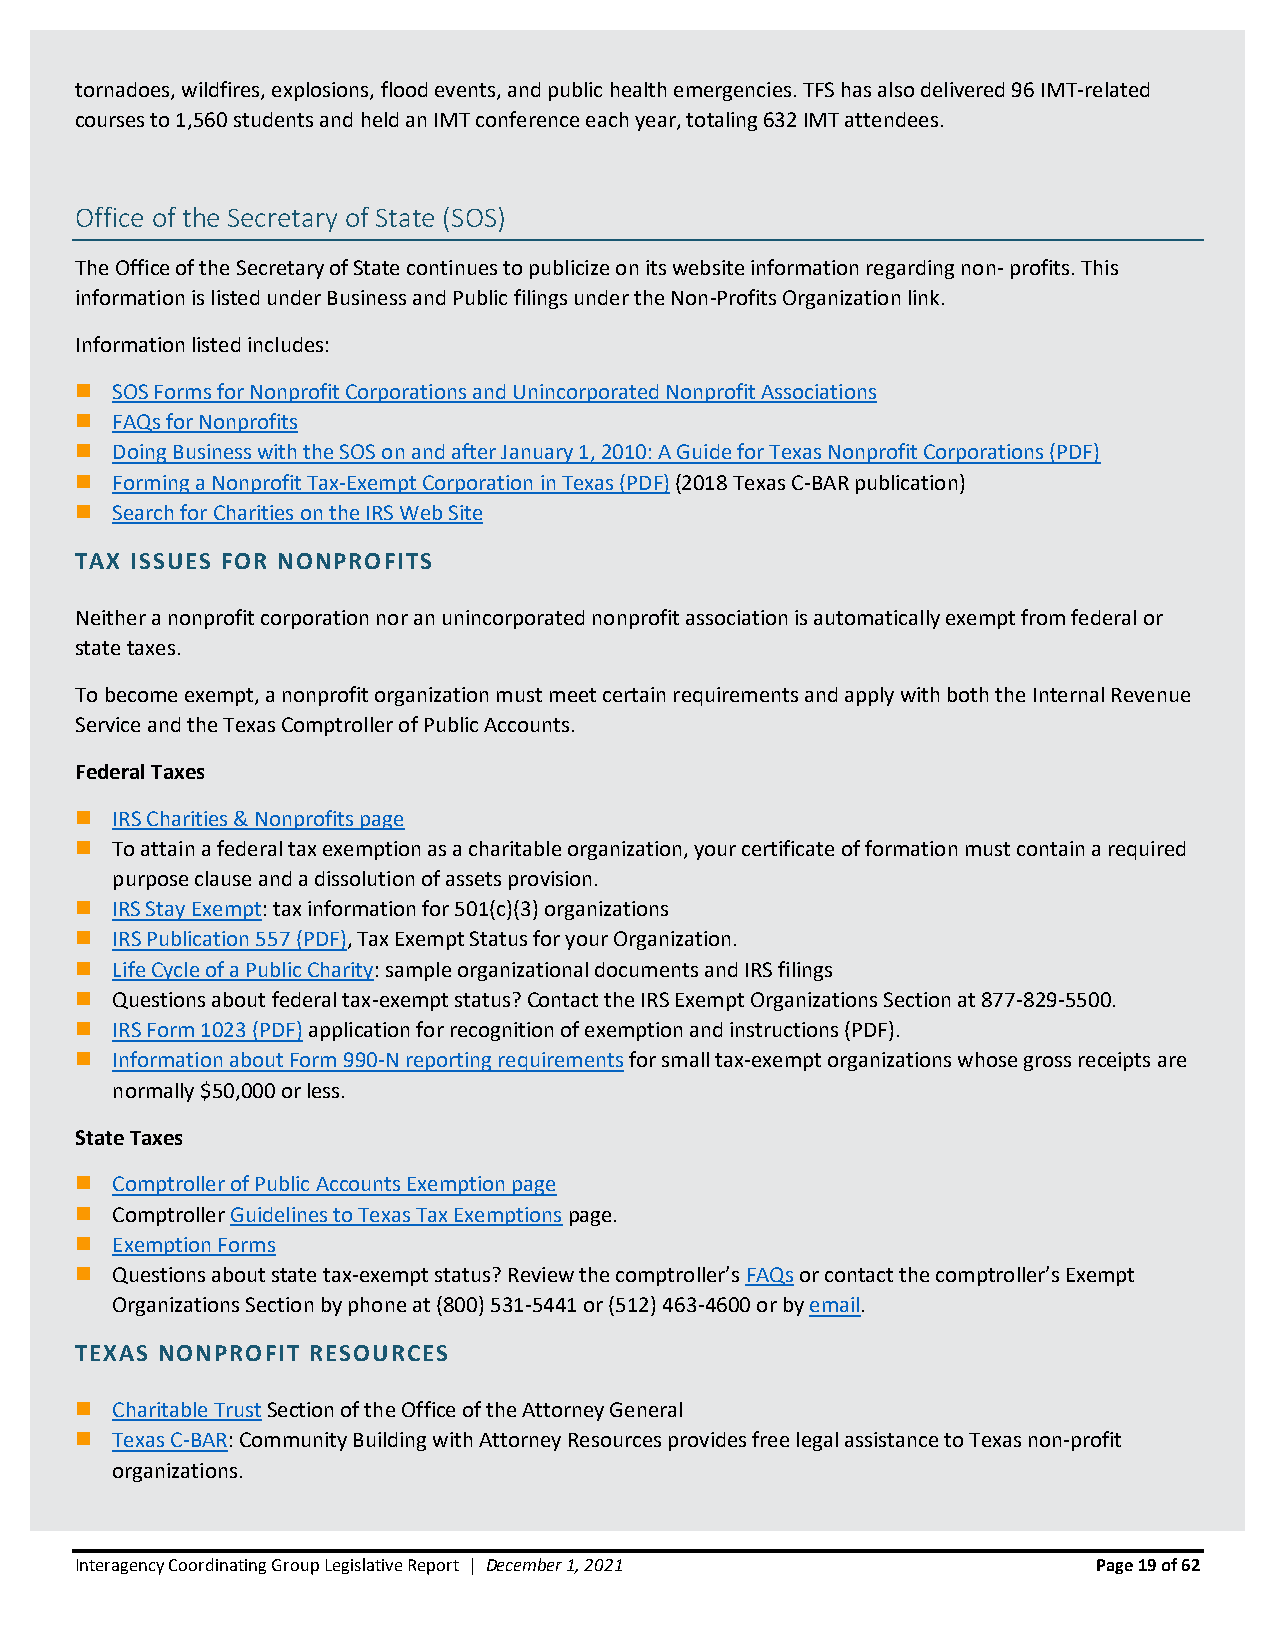
tornadoes, wildfires, explosions, flood events, and public health emergencies. TFS has also delivered 96 IMT-related
 courses to 1,560 students and held an IMT conference each year, totaling 632 IMT attendees.
 Office of the Secretary of State (SOS)
 The Office of the Secretary of State continues to publicize on its website information regarding non- profits. This
 information is listed under Business and Public filings under the Non-Profits Organization link.
 Information listed includes:
 ◼ SOS Forms for Nonprofit Corporations and Unincorporated Nonprofit Associations
 ◼ FAQs for Nonprofits
 ◼ Doing Business with the SOS on and after January 1, 2010: A Guide for Texas Nonprofit Corporations (PDF)
 ◼ Forming a Nonprofit Tax-Exempt Corporation in Texas (PDF) (2018 Texas C-BAR publication)
 ◼ Search for Charities on the IRS Web Site
 TAX ISSUES FOR NONPROFITS
 Neither a nonprofit corporation nor an unincorporated nonprofit association is automatically exempt from federal or
 state taxes.
 To become exempt, a nonprofit organization must meet certain requirements and apply with both the Internal Revenue
 Service and the Texas Comptroller of Public Accounts.
 Federal Taxes
 ◼ IRS Charities & Nonprofits page
 ◼ To attain a federal tax exemption as a charitable organization, your certificate of formation must contain a required
 purpose clause and a dissolution of assets provision.
 ◼ IRS Stay Exempt: tax information for 501(c)(3) organizations
 ◼ IRS Publication 557 (PDF), Tax Exempt Status for your Organization.
 ◼ Life Cycle of a Public Charity: sample organizational documents and IRS filings
 ◼ Questions about federal tax-exempt status? Contact the IRS Exempt Organizations Section at 877-829-5500.
 ◼ IRS Form 1023 (PDF) application for recognition of exemption and instructions (PDF).
 ◼ Information about Form 990-N reporting requirements for small tax-exempt organizations whose gross receipts are
 normally $50,000 or less.
 State Taxes
 ◼ Comptroller of Public Accounts Exemption page
 ◼ Comptroller Guidelines to Texas Tax Exemptions page.
 ◼ Exemption Forms
 ◼ Questions about state tax-exempt status? Review the comptroller’s FAQs or contact the comptroller’s Exempt
 Organizations Section by phone at (800) 531-5441 or (512) 463-4600 or by email.
 TEXAS NONPROFIT RESOURCES
 ◼ Charitable Trust Section of the Office of the Attorney General
 ◼ Texas C-BAR: Community Building with Attorney Resources provides free legal assistance to Texas non-profit
 organizations.
 Interagency Coordinating Group Legislative Report | December 1, 2021 Page 19 of 62